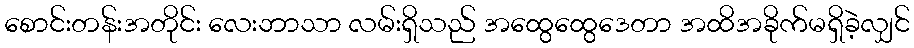
စောင်းတန်းအတိုင်း လေးဘာသာ လမ်းရှိသည် အထွေထွေဒေတာ အထိအခိုက်မရှိခဲ့လျှင်